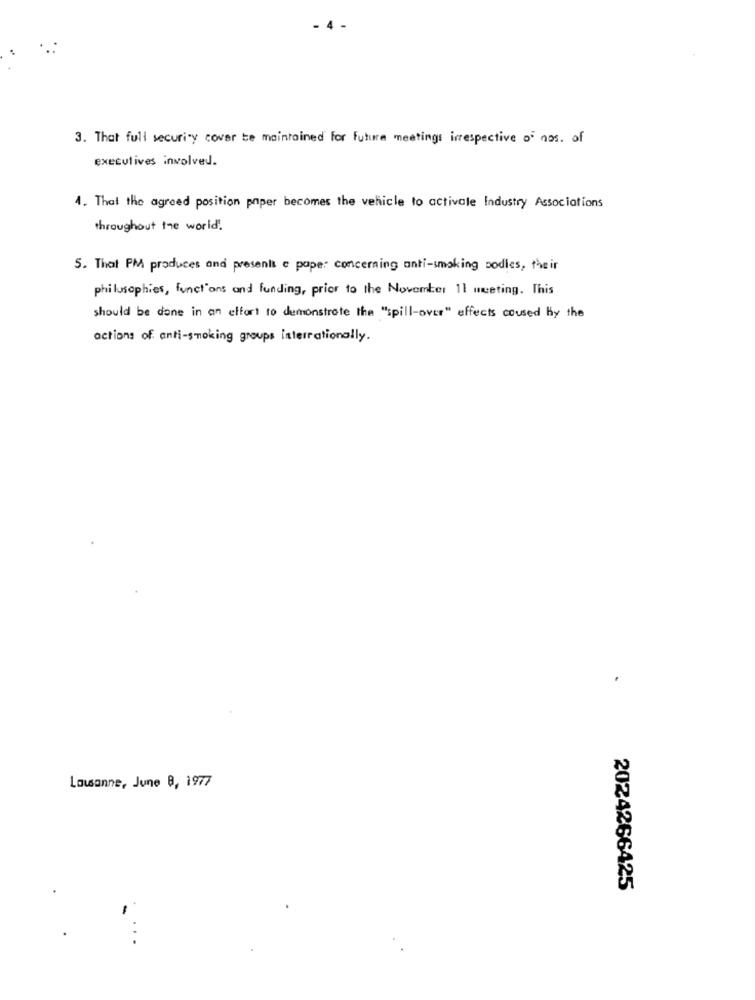
3. That full security cover te maintained For future meetings irrespective of nos. of
executives involved.
1. That the agreed position paper becomes the vehicle to activate Industry Associations
throughout the world.
5. That PM produces and presents e paper concerning anti-smoking podles, their
philosophies, functions and funding, prior to the November 11 meeting. This
should be done in an effort to demonstrate the "spill-over" effects coused by the
actions of anti-smoking groups interrationally.
Lausanne, June 8, 1977
2024266425